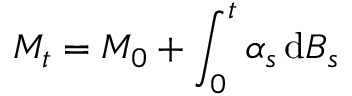
M _ { t } = M _ { 0 } + \int _ { 0 } ^ { t } \alpha _ { s } \, \mathrm { d } B _ { s }